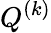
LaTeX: Q^{(k)}